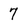
Character: 7